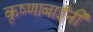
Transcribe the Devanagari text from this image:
कृष्णाबाईंनी